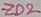
Text: ZD2